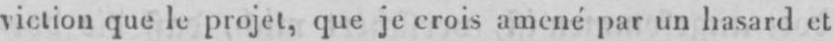
viction que le projet, que je crois amené par un hasard et